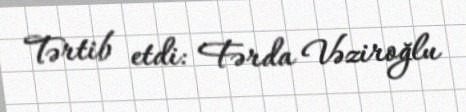
Tərtib etdi: Fərda Vəziroğlu